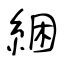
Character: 綑